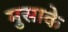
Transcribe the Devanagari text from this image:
मुसाके